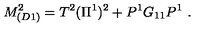
M _ { ( D 1 ) } ^ { 2 } = T ^ { 2 } ( \Pi ^ { 1 } ) ^ { 2 } + P ^ { 1 } G _ { 1 1 } P ^ { 1 } \ .